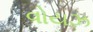
વોયઝ